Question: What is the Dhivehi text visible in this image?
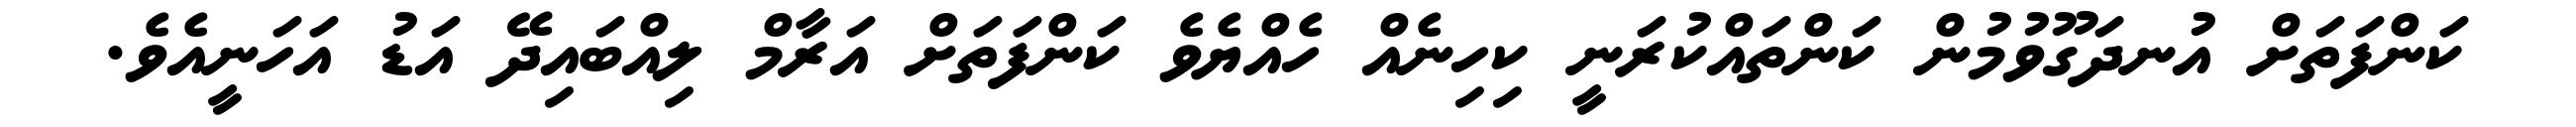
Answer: ކަންފަތަށް އުނދަގޫވުމުން ކަންތައްކުރަނީ ކިހިނެއް ހެއްޔެވެ ކަންފަތަށް އަރާމް ލިއްބައިދޭ އަޑު އަހަނީއެވެ.